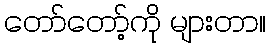
တော်တော့်ကို များတာ။